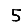
Digit: 5